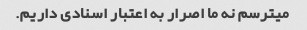
میترسم نه ما اصرار به اعتبار اسنادی داریم.